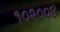
૧૦૨૦૦૪